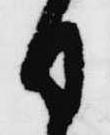
日